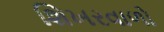
શિખરવાળો